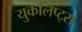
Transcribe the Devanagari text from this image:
युकलिप्ट्स